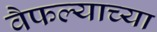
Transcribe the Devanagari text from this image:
वैफल्याच्या